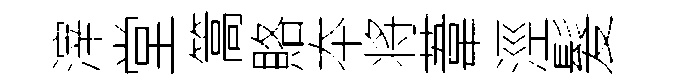
滓堂篙賂夲将葦涇髮